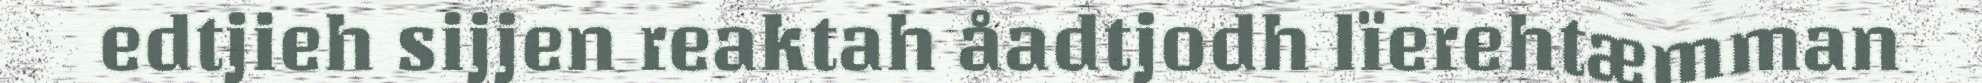
edtjieh sijjen reaktah åadtjodh lïerehtæmman